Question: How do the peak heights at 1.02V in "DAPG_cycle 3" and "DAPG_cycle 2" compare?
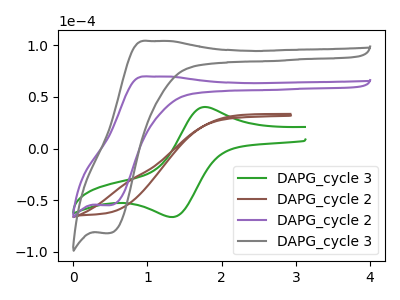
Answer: <think>The green curve "DAPG_cycle 3" has an anodic peak at (1.80V, 40.30uA) and a cathodic peak at (1.35V, -66.15uA). The brown curve "DAPG_cycle 2" has no peaks. The purple curve "DAPG_cycle 2" has an anodic peak at (1.00V, 69.80uA) and a cathodic peak at (0.50V, -54.75uA). The gray curve "DAPG_cycle 3" has an anodic peak at (1.00V, 104.15uA) and a cathodic peak at (0.50V, -81.75uA).</think>
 <answer>The peak at 1.02V is higher in "DAPG_cycle 3" than in "DAPG_cycle 2".</answer>
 <eval>higher</eval>